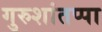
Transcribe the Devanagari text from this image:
गुरुशांतप्पा